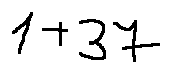
1 + 3 7